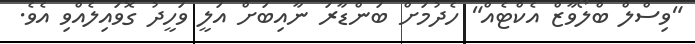
"ވިސްލް ބްލޯވާޒް އެކްޓެއް" ހެދުމަށް ބަންޑާރަ ނާއިބަށް އަލީ ވަހީދު ގޮވައިލެއްވި އެވެ.